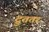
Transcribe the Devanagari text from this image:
द्रुततर